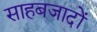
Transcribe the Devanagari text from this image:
साहबजादों